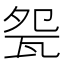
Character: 㼝